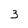
Character: 3